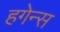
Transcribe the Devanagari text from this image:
हगेन्स